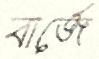
বার্জে